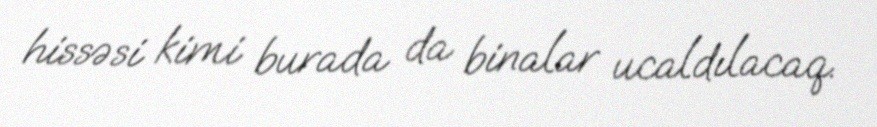
hissəsi kimi burada da binalar ucaldılacaq.